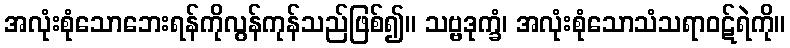
အလုံးစုံသောဘေးရန်ကိုလွန်ကုန်သည်ဖြစ်၍။ သဗ္ဗဒုက္ခံ၊ အလုံးစုံသောသံသရာဝဋ်ရဲကို။